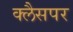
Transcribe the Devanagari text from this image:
क्लैसपर